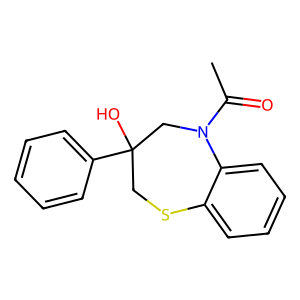
SMILES: CC(=O)N1CC(O)(c2ccccc2)CSc2ccccc21
Inhibits HIV replication: No